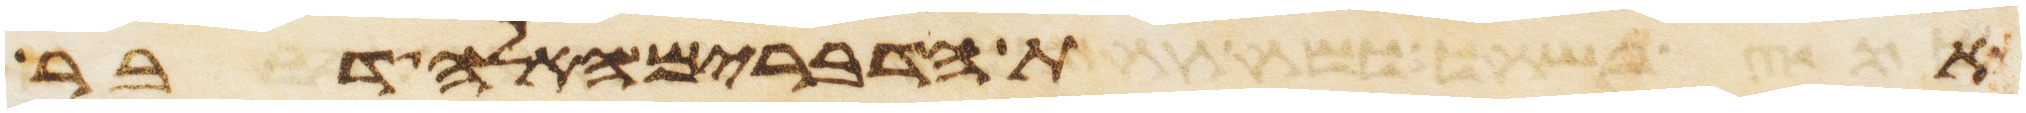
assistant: את הדברים האלה דבר